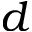
d